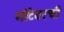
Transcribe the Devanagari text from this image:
मोटेवरची